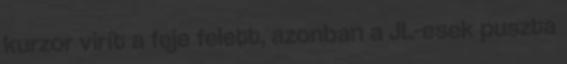
kurzor virít a feje felett, azonban a JL-esek puszta